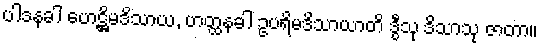
ပါဒနခါ ဟေဋ္ဌိမဒိသာယ, ဟတ္ထနခါ ဥပရိမဒိသာယာတိ ဒွီသု ဒိသာသု ဇာတာ။